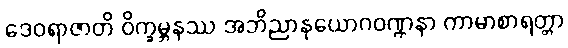
ဒေဝရာဇာတိ ဝိက္ခမ္ဘနဿ အဘိညာနုယောဂဝဏ္ဏနာ ကာမာစာရတ္တာ